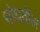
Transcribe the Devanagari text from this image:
शोधतील